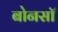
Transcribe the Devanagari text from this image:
बोनसॉ